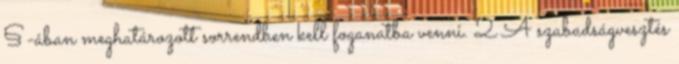
§-ában meghatározott sorrendben kell foganatba venni. 2 A szabadságvesztés